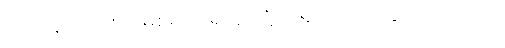
ပြဿနာဟာ စိုးရိမ်စရာ မရှိဘူးလို့ တရုတ်က ယူဆပုံရပါတယ်။